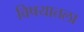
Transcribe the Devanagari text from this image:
विषयातला